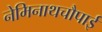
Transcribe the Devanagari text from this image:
नेमिनाथचौपाई